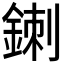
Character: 𲇐